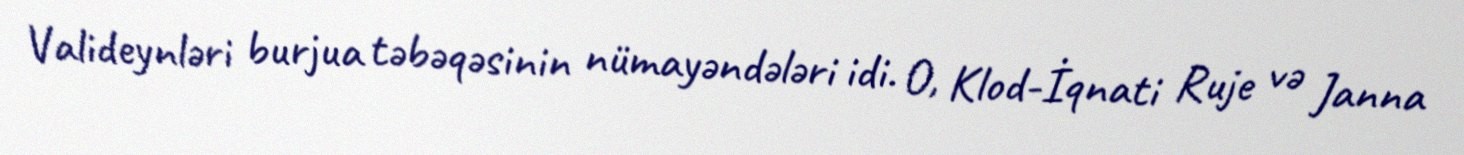
Valideynləri burjua təbəqəsinin nümayəndələri idi. O, Klod-İqnati Ruje və Janna